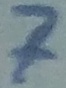
Text: 7